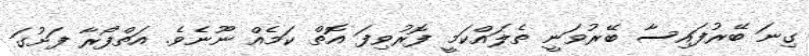
ގިނަ ބޭރުފައިސާ ބޭރުވަނީ ތެލައްކަމީ ފޮރުވިފަ އޮތް ކަމެއް ނޫނެވެ. އަތްފޯރާ ފަށުގަ